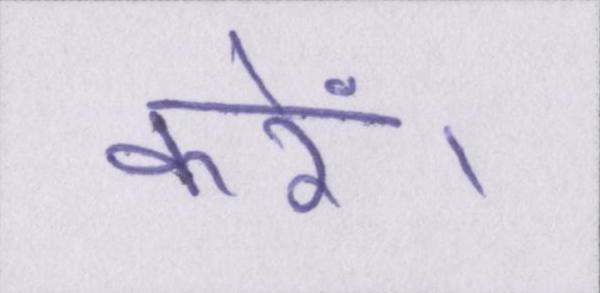
करें।